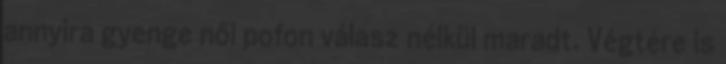
annyira gyenge női pofon válasz nélkül maradt. Végtére is